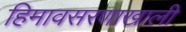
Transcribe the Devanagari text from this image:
हिमावसरणाखाली